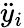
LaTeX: \ddot{y}_{i}